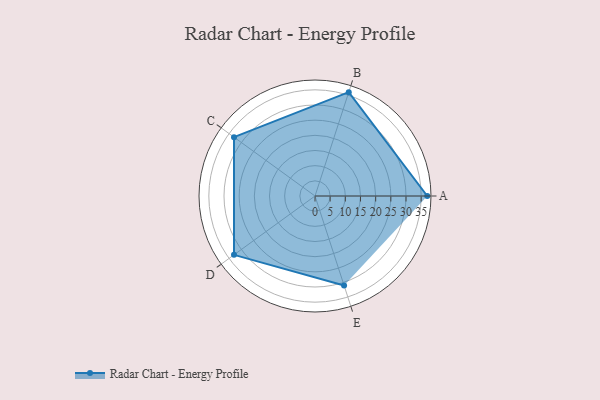
{"axis": {"x": "Skill", "y": "Score"}, "legend": ["Profile"], "data": [{"x": "A", "y": 37.0, "type": "Profile"}, {"x": "B", "y": 36.0, "type": "Profile"}, {"x": "C", "y": 33.0, "type": "Profile"}, {"x": "D", "y": 33.0, "type": "Profile"}, {"x": "E", "y": 31.0, "type": "Profile"}]}